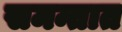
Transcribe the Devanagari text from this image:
समन्तात